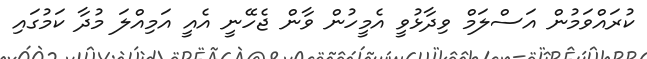
ކުރައްވަމުން އަސްލަމް ވިދާޅުވީ އެމީހުން ވާން ޖެހޭނީ އެއީ އަމިއްލަ މުދާ ކަމުގައި